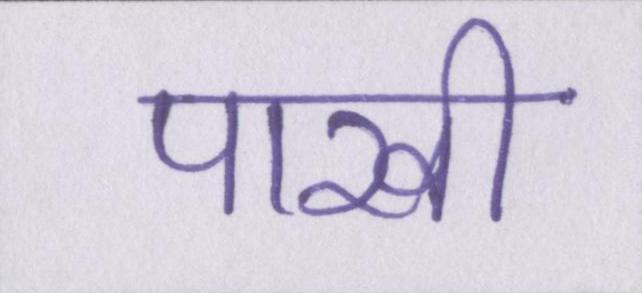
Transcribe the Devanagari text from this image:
पाखी